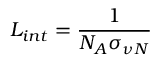
{ \cal L } _ { i n t } = { \frac { 1 } { N _ { A } \sigma _ { \nu N } } }